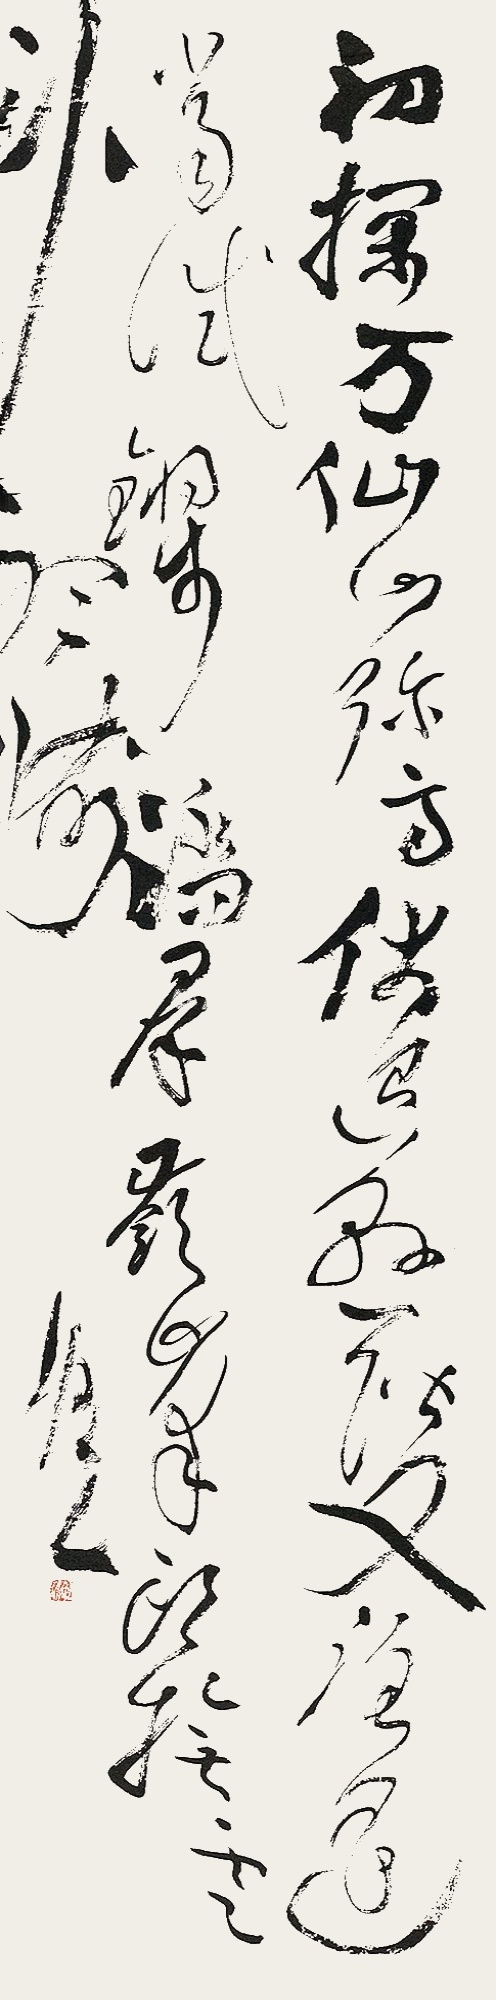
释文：初探万仙山弥高，伏退悬阶又路遥。当试锵步踏群岭，峰头抚云卧听涛。柯红。